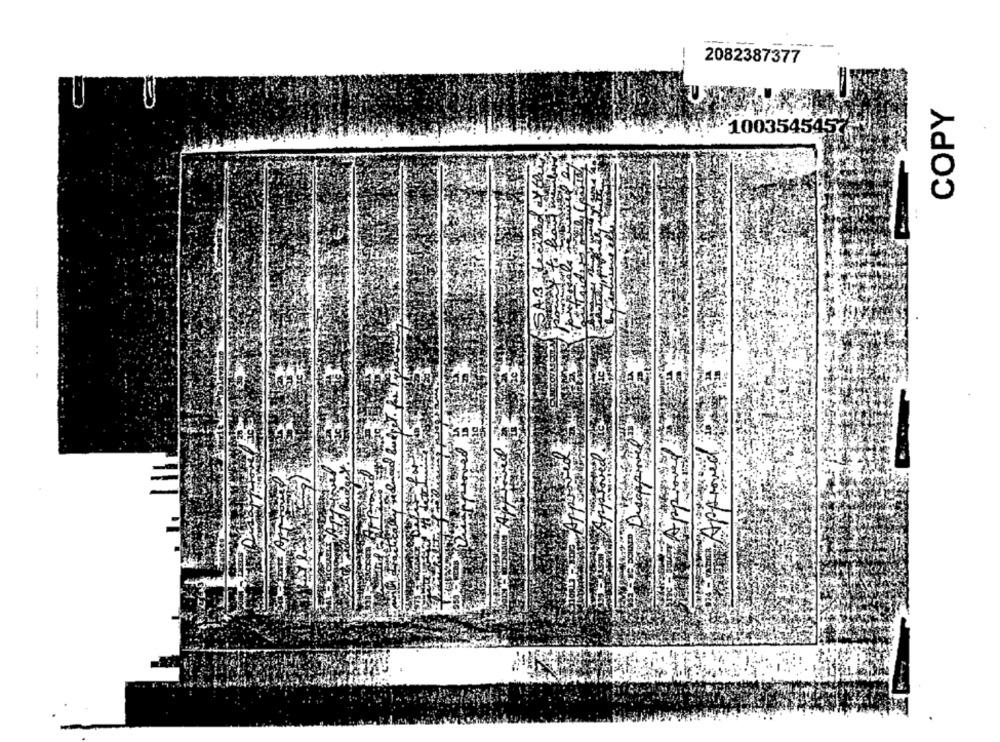
---
2082387377
COPY
1003545457
..
-
omeno